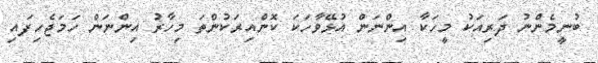
ބުނީމެންނު ދަރިއަކު މީހަކާ އިންނަން އުޅޭވާހަކަ ކޮންއިރަކުންތަ މިހާރު އިންނަން ހަމަޖެހިފައި